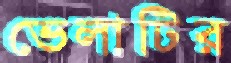
ভেলাটির